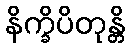
နိက္ခိပိတုန္တိ